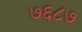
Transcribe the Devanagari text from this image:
७६८७